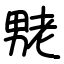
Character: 𫦶